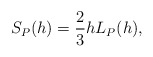
\begin{align*} \begin{aligned} S_P(h)=\frac{2}{3}hL_P(h), \end{aligned} \end{align*}